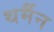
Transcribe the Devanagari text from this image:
थर्मैन